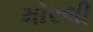
મોરલી